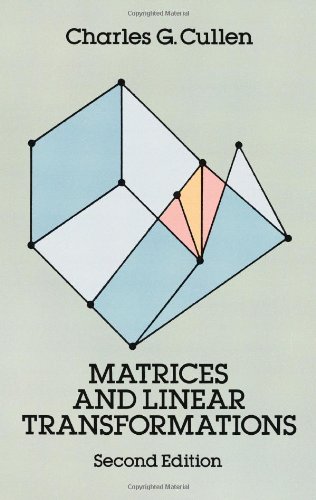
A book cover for Matrices and Linear Transformations: Second Edition (Dover Books on Mathematics); Charles G. Cullen; Science & Math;